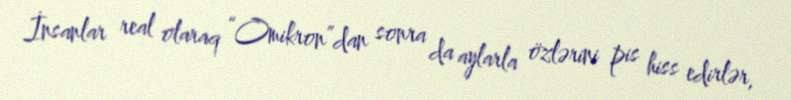
İnsanlar real olaraq “Omikron”dan sonra da aylarla özlərini pis hiss edirlər,